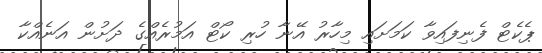
ޕެކެޓް ފެނިފައިވާ ކަމަށައި މިހާރު އޭނާ ހުރި ކޯޓް އަމުރެއްގެ ދަށުން އަނެއްކާ